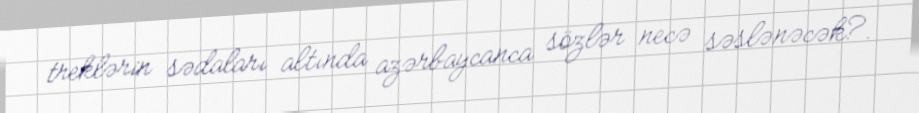
treklərin sədaları altında azərbaycanca sözlər necə səslənəcək?.